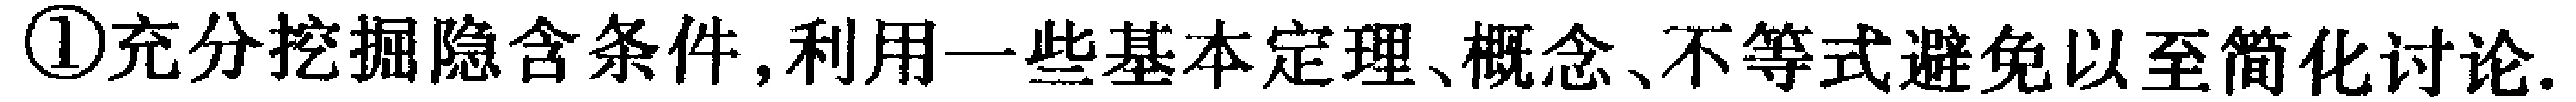
\textcircled{1}充分挖掘隐含条件,利用一些基本定理、概念、不等式避免以至简化讨论.